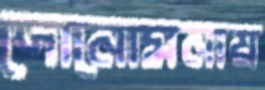
দোনোমনায়